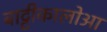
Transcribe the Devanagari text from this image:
बाट्टीकालोआ